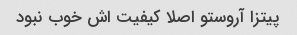
پیتزا آروستو اصلا کیفیت اش خوب نبود